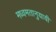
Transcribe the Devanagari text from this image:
मध्वमतानुयायी